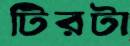
টিরটা